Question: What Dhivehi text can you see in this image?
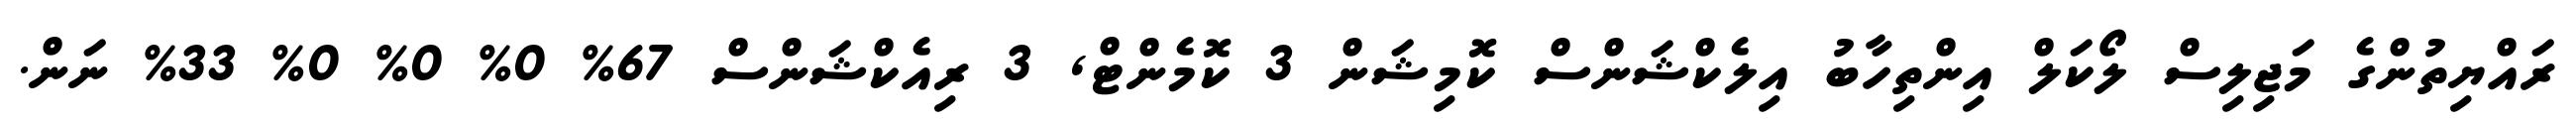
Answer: ރައްޔިތުންގެ މަޖިލިސް ލޯކަލް އިންތިހާބު އިލެކްޝަންސް ކޮމިޝަން 3 ކޮމެންޓް, 3 ރިއެކްޝަންސް 67% 0% 0% 0% 33% ނަން.